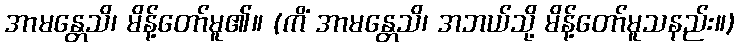
အာမန္တေသိ၊ မိန့်တော်မူ၏။ (ကိံ အာမန္တေသိ၊ အဘယ်သို့ မိန့်တော်မူသနည်း။)